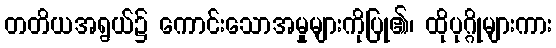
တတိယအရွယ်၌ ကောင်းသောအမှုများကိုပြု၏၊ ထိုပုဂ္ဂိုများကား